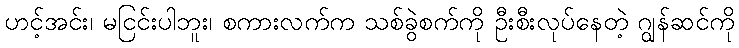
ဟင့်အင်း၊ မငြင်းပါဘူး၊ စကားလက်က သစ်ခွဲစက်ကို ဦးစီးလုပ်နေတဲ့ ဂျွန်ဆင်ကို